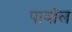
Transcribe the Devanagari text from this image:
पावोल